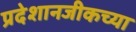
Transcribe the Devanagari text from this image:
प्रदेशानजीकच्या